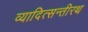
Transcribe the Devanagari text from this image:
व्यादित्सन्तीरथ